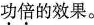
功倍的效果。